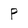
Character: P